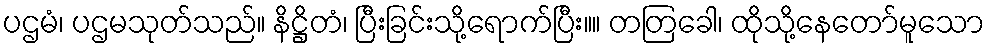
ပဌမံ၊ ပဌမသုတ်သည်။ နိဋ္ဌိတံ၊ ပြီးခြင်းသို့ရောက်ပြီး။။ တတြခေါ၊ ထိုသို့နေတော်မူသော